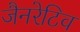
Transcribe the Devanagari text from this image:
जैनरेटिव